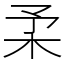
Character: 𣏗